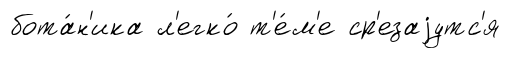
бота́н'ика л'егко́ т'е́м'е ср'езаjутс'я